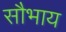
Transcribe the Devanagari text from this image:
सौभाय